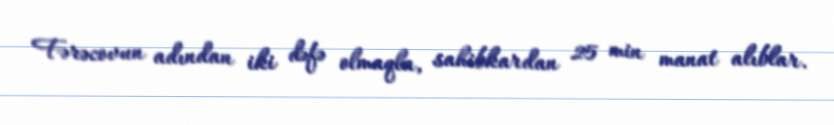
Fərəcovun adından iki dəfə olmaqla, sahibkardan 25 min manat alıblar.